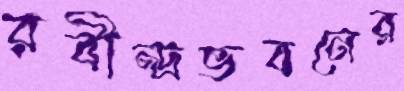
রবীন্দ্রভবনের